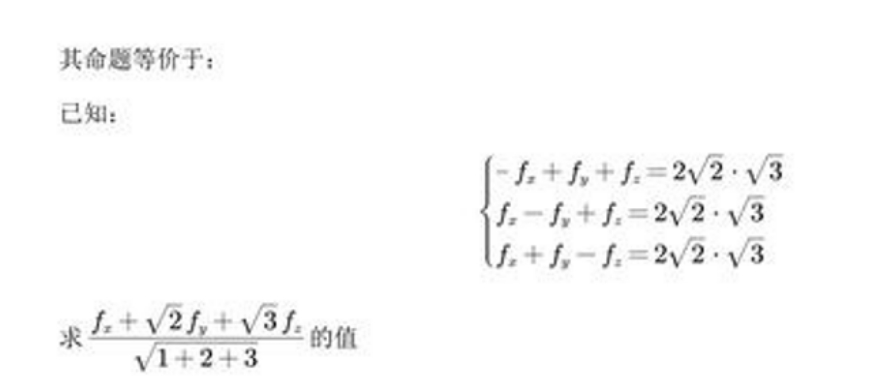
其命题等价于：
已知：
\(\begin{cases}-f_{x}+f_{y}+f_{z}=2\sqrt{2}\cdot\sqrt{3}\\f_{x}-f_{y}+f_{z}=2\sqrt{2}\cdot\sqrt{3}\\f_{x}+f_{y}-f_{z}=2\sqrt{2}\cdot\sqrt{3}\end{cases}\)
求\(\frac{f_{x}+\sqrt{2}f_{y}+\sqrt{3}f_{z}}{\sqrt{1 + 2+3}}\)的值